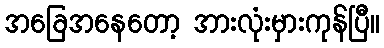
အခြေအနေတော့ အားလုံးမှားကုန်ပြီ။